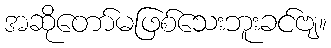
အဆိုတော်မဖြစ်သေးဘူးခင်ဗျ။